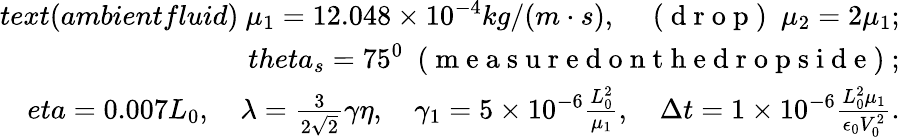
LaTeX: \begin{array}{rl}{text{(ambientfluid)}\ \mu_{1}=12.048\times 10^{-4}kg/(m\cdot s),\quad\mathrm{~(~d~r~o~p~)~}\ \mu_{2}=2\mu_{1};}\\ {theta_{s}=75^{0}\ \mathrm{~(~m~e~a~s~u~r~e~d~o~n~t~h~e~d~r~o~p~s~i~d~e~)~};}\\ {eta=0.007L_{0},\quad\lambda=\frac{3}{2\sqrt{2}}\gamma\eta,\quad\gamma_{1}=5\times 10^{-6}\frac{L_{0}^{2}}{\mu_{1}},\quad\Delta t=1\times 10^{-6}\frac{L_{0}^{2}\mu_{1}}{\epsilon_{0}V_{0}^{2}}.}\end{array}